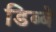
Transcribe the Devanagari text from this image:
डिब्बे